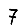
Digit: 7